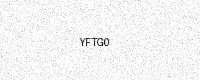
Text: YFTG0